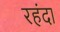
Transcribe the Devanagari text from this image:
रहंदा